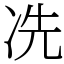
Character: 冼